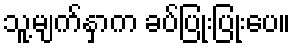
သူ့မျက်နှာက ခပ်ပြုံးပြုံးပေ။